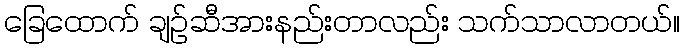
ခြေထောက် ချဉ်ဆီအားနည်းတာလည်း သက်သာလာတယ်။